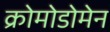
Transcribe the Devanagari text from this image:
क्रोमोडोमेन